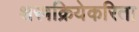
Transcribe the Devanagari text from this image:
शस्त्रक्रियेकरिता